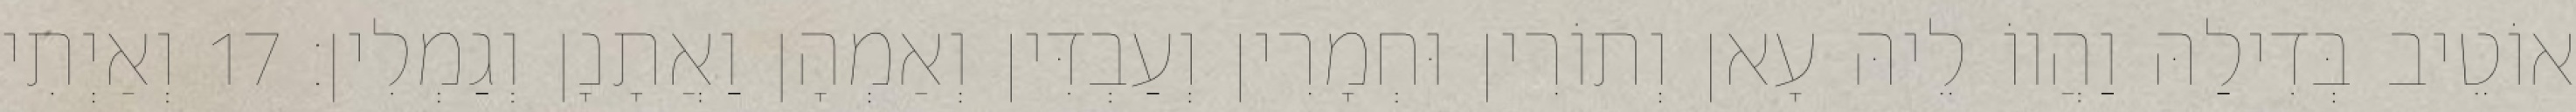
אוֹטֵיב בְּדִילַהּ וַהֲווֹ לֵיהּ עָאן וְתוֹרִין וּחְמָרִין וְעַבְדִּין וְאַמְהָן וַאֲתָנָן וְגַמְלִין׃ 17 וְאַיְתִי